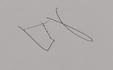
Signature authenticity: genuine